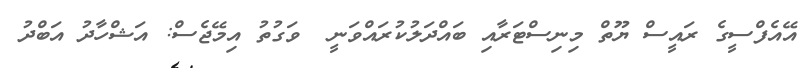
އޭއެފްސީގެ ރައީސް ޔޫތް މިނިސްޓަރާއި ބައްދަލުކުރައްވަނީ  ވަގުތު އިމޭޖެސް: އަޝްހާދު އަބްދު